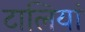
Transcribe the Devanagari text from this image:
टालियां